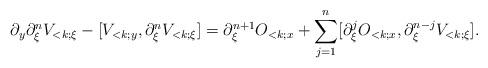
LaTeX: \begin{align*}\partial_y \partial_\xi^{n} V_{<k;\xi} - [V_{<k;y}, \partial_\xi^{n} V_{<k;\xi}]= \partial_\xi^{n+1} O_{<k;x} + \sum_{j=1}^{n}[\partial_\xi^j O_{<k;x}, \partial_\xi^{n-j} V_{<k;\xi}].\end{align*}